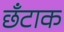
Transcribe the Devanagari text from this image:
छँटाक